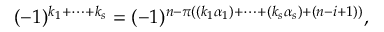
( - 1 ) ^ { k _ { 1 } + \dots + k _ { s } } = ( - 1 ) ^ { n - \pi ( ( k _ { 1 } \alpha _ { 1 } ) + \dots + ( k _ { s } \alpha _ { s } ) + ( n - i + 1 ) ) } ,